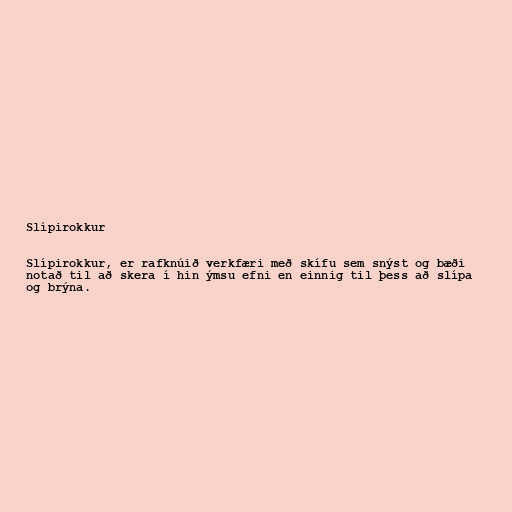
Slípirokkur

Slípirokkur, er rafknúið verkfæri með skífu sem snýst og bæði
notað til að skera í hin ýmsu efni en einnig til þess að slípa
og brýna.